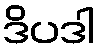
ဒိပဒါ